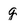
Character: g